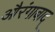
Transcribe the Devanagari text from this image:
औरंगाबाद्